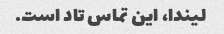
لیندا، این تماس تاد است.